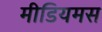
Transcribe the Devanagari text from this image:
मीडियमस